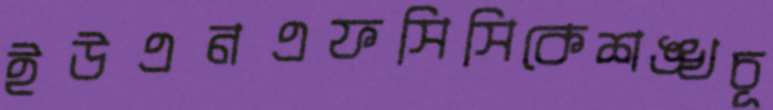
ইউএনএফসিসিকেশঙ্খচূ